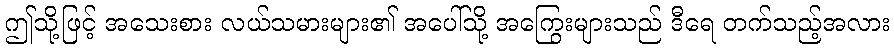
ဤသို့ဖြင့် အသေးစား လယ်သမားများ၏ အပေါ်သို့ အကြွေးများသည် ဒီရေ တက်သည့်အလား